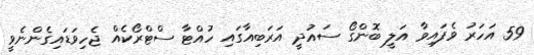
59 އަހަރު ވެފައިވާ އަލީ ބޮންގޯ ސައުދީ އަރަބިއާގައި ހުއްޓާ ސްޓްރޯކެއް ޖެހިވަޑައިގެންނެވީ